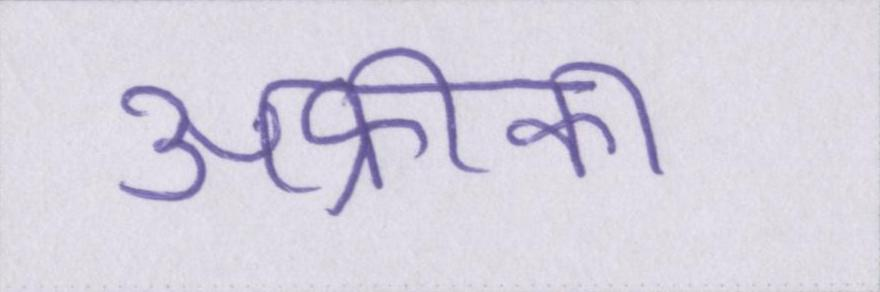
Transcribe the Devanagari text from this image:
अफ्रीका